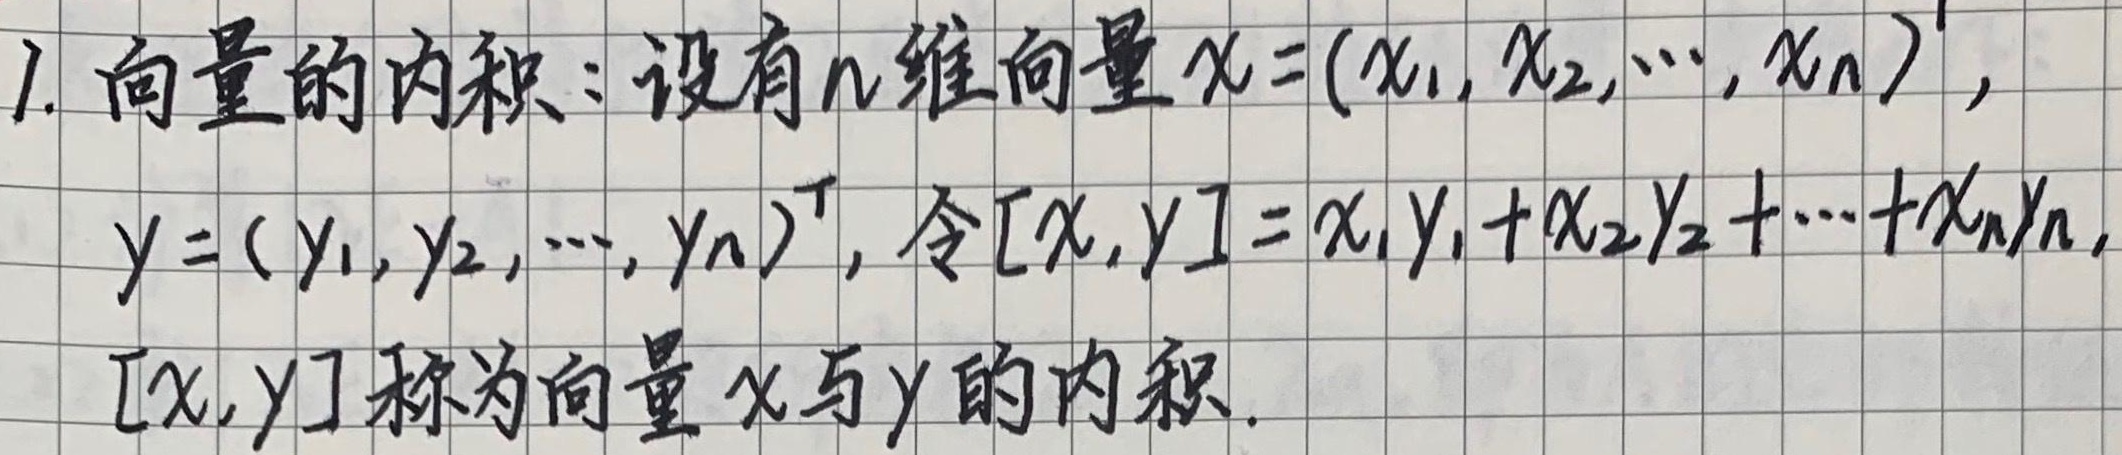
1. 向量的内积：设有\(n\)维向量\(\boldsymbol{x}=(x_1,x_2,\cdots,x_n)^{\mathrm{T}}\)，\(\boldsymbol{y}=(y_1,y_2,\cdots,y_n)^{\mathrm{T}}\)，令\([\boldsymbol{x},\boldsymbol{y}]=x_1y_1 + x_2y_2+\cdots+x_ny_n\)，\([\boldsymbol{x},\boldsymbol{y}]\)称为向量\(\boldsymbol{x}\)与\(\boldsymbol{y}\)的内积。